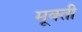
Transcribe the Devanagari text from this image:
मूक्ती